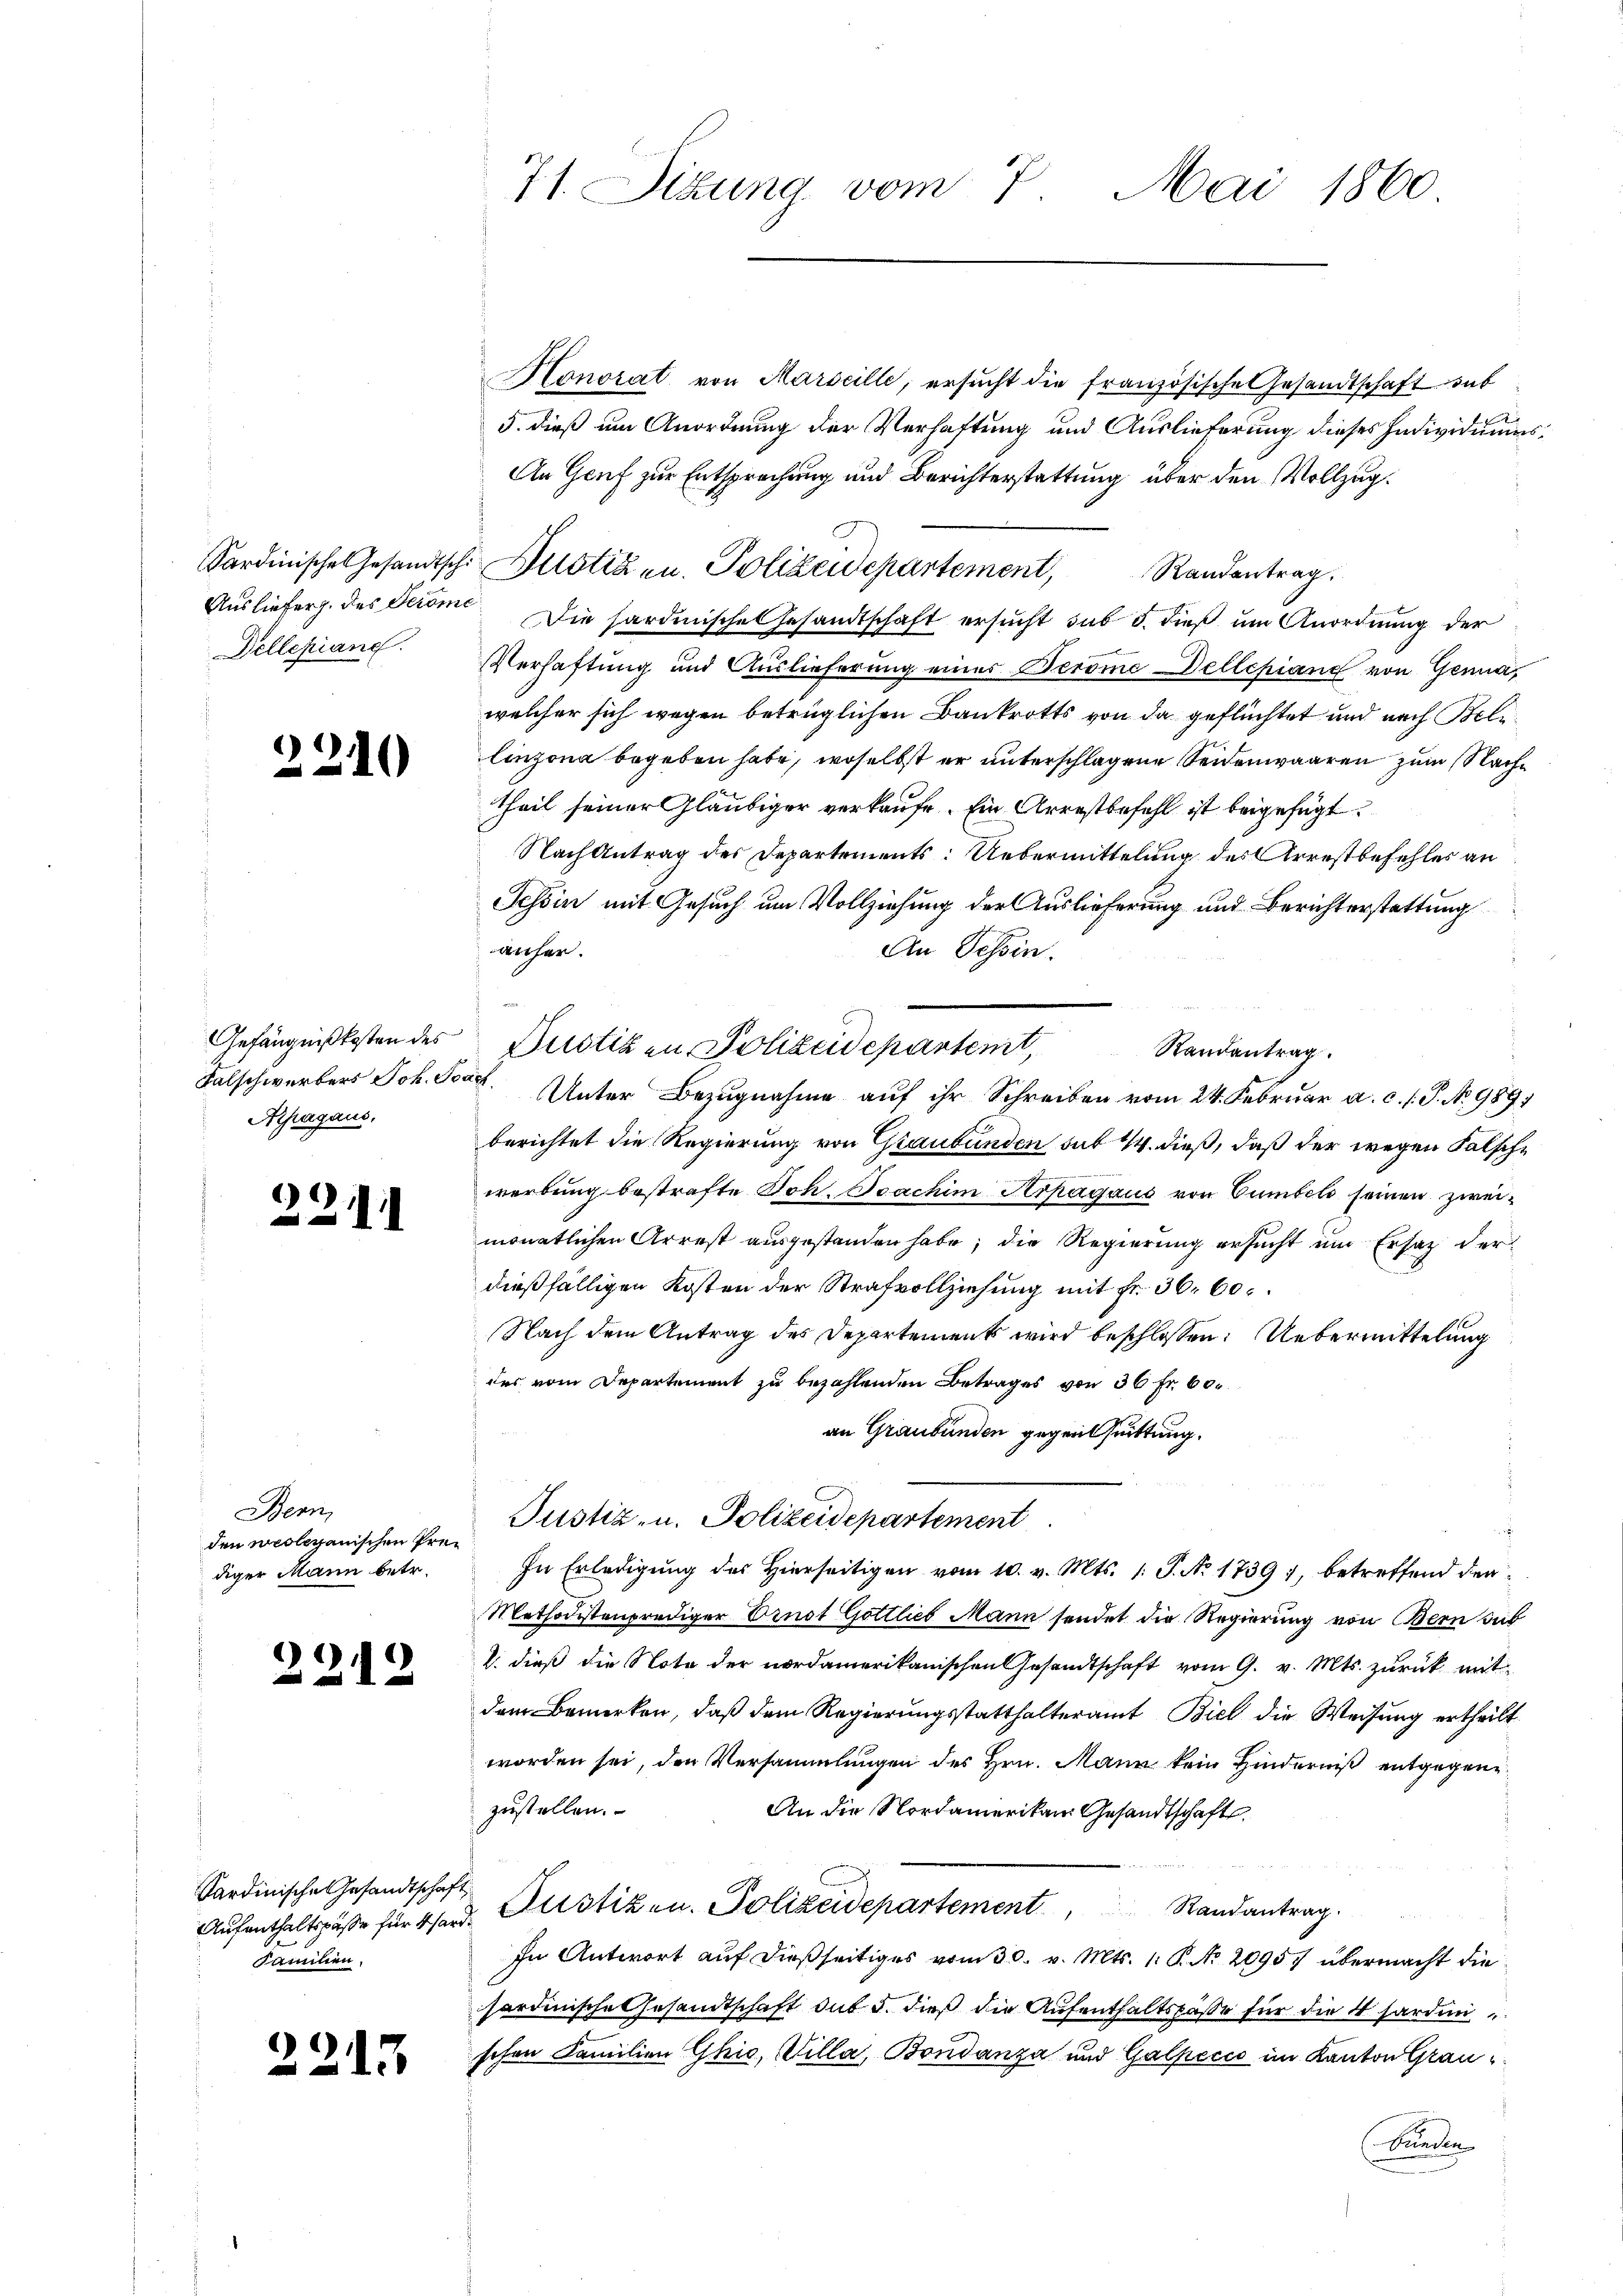
Sardinische Gesandtsch
Auslieferg. des Geröme
Dellepiane

2.

Gefängnißkosten des
Falschwerbers Joh.
Apagans.

)
e

Bern,
den woleganischen Prediger Mann betr.

)
12

2

0

.

Sardinische Gesandtschaft
Aufenthaltspässe für 4 hard.
Familien.

13

71. Situng vom 7. Mai 1860

Honorat von Marseille, ersucht die französische Gesandtschaft sub
5. dieß um Anordnung der Verhaftung und Auslieferung dieses Individuums¬
An Genf zur Entsprechung und Berichterstattung über den Vollzug.
Dustizen. Polizeidepartement, Randantrag.
Die Pardinisches Gesandtschaft ersucht sub 5. dieß um Anordnung der
Verhaftung und Auslieferung eines Berome ellepiand von Genua,
welcher sich wegen betrüglichen Baukrotts von da geflüchtet und nach Belilinzona begeben habe, woselbst er unterschlagene Seidenwaaren zum Nachtheil seiner Gläubiger verkaufe. Ein Arrestbefehl ist beigefügt.
Nach Antrag des Departements: Uebermittelung des Arrestbefehles an
Tessin mit Gesuch um Vollziehung der Auslieferung und Berichterstattung
wicher.
An Tessin.
Justizen Polizeidepartemt,
berichtet die Regierung von Graubünden sub 14. dieß, daß der wegen Falschwerbung bestrafte Joh. Joachim Arhagaus von Cumbel seinen zweimonatlichen Arrest ausgestanden habe; die Regierung ersucht und Ersatz der
dießfälligen Kosten der Strafvollziehung mit Fr. 36. 60.
Nach dem Antrag des Departement wird beschlossen: Uebermittelung
des vom Departement zu bezahlenden Betrages von 36 Fr. 60
an Graubünden gegentuittung.
Justiz- u. Polizeidepartement
In Erledigung des Hierseitigen vom 10. v. Mts. 1. P. No. 1739), betreffend den¬
Methodistenprediger Ernst Gottlieb Mann sendet die Regierung von Bern sub
b. dieß die Note der nordamerikanischen Gesandtschaft vom 9. v. Mts. zurück mit
dem Bemerken, daß dem Regierungsstatthalteramt Biel die Weisung ertheilt
worden sei, den Versammlungen des Hrn. Mann kein Hinderniß entgegene
zustellen.
An die Nordamerikan Gesandtschaft
&. Justizen. Polizeidepartement Randantrag.
In Antwort auf dießseitiges vom 30. v. Mts. 1. P. Nr. 20957 übermacht die
sardinische Gesandtschaft sub 5. dieß die Aufenthaltspasse für die 4 sardan
schen Familien Ghio, Villa, Bondanza und Galpecco im Kanton Grau¬
Bunden

u. Unter Bezugnahme auf ihr Schreiben vom 24. Februar a. c. s. P. Nr. 989

Randantrag.